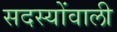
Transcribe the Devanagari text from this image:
सदस्योंवाली